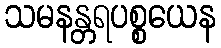
သမနန္တရပစ္စယေန